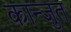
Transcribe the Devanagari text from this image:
कान्जुत